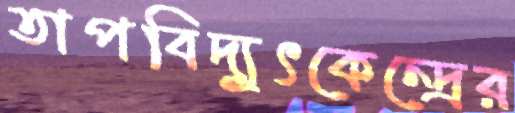
তাপবিদ্যুৎকেন্দ্রের